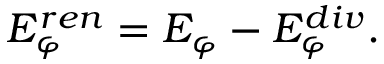
E _ { \varphi } ^ { r e n } = E _ { \varphi } - E _ { \varphi } ^ { d i v } .